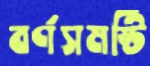
বর্ণসমষ্টি